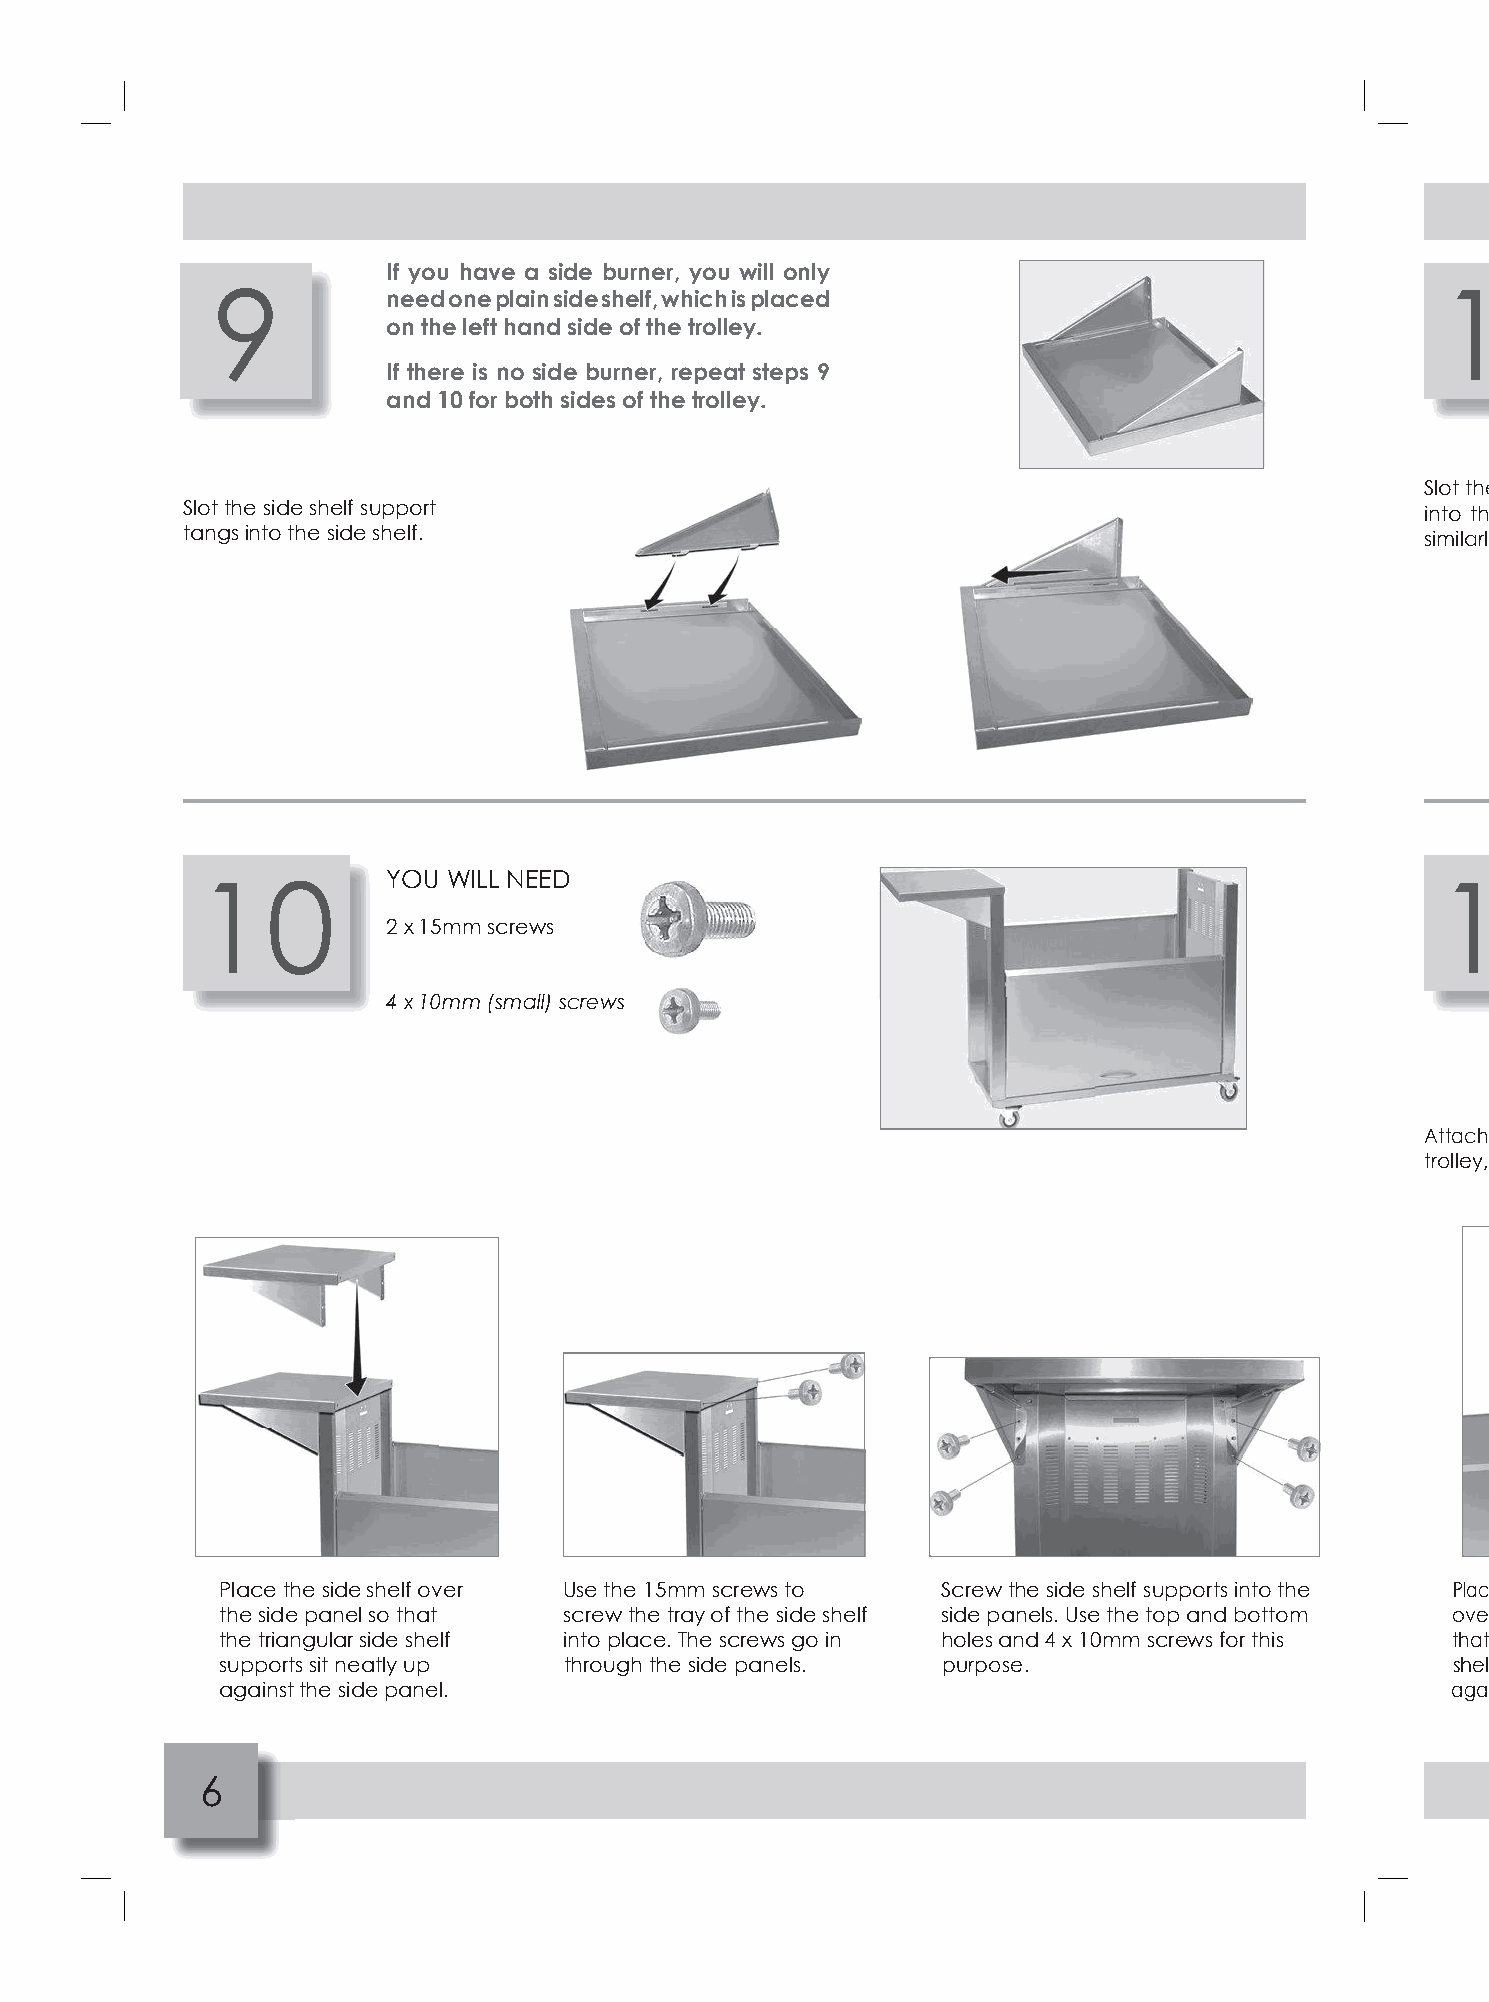
If you have a side burner, you will only
 9                                                                                1
 need one plain side shelf, which is placed
 on the left hand side of the trolley.
 If there is no side burner, repeat steps 9
 and 10 for both sides of the trolley.
 Slot th e
 Slot the side shelf support                                                       into th
 tangs into the side shelf.
 similarl
 1    0       YOU WILL NEED                                                        1
 2 x 15mm screws
 4 x 10mm (small) screws
 Attach
 trolley,
 Place the side shelf over Use the 15mm screws to Screw the side shelf supports into the Plac
 the side panel so that screw the tray of the side shelf side panels. Use the top and bottom ove
 the triangular side shelf into place. The screws go in holes and 4 x 10mm screws for this that
 supports sit neatly up through the side panels. purpose.                         shel
 against the side panel.                                                          aga
 6